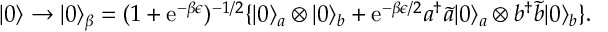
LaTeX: | 0 \rangle \rightarrow | 0 \rangle _ { \beta } = ( 1 + \mathrm { e } ^ { - \beta \epsilon } ) ^ { - 1 / 2 } \{ | 0 \rangle _ { a } \otimes | 0 \rangle _ { b } + \mathrm { e } ^ { - \beta \epsilon / 2 } a ^ { \dagger } { \tilde { a } } | 0 \rangle _ { a } \otimes b ^ { \dagger } { \tilde { b } } | 0 \rangle _ { b } \} .